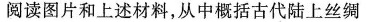
阅读图片和上述材料，从中概括古代陆上丝绸